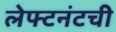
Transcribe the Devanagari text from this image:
लेफ्टनंटची